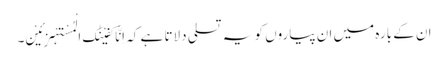
ان کے بارہ میں ان پیاروں کو یہ تسلی دلاتا ہے کہ اِنَّا کَفَیْنٰکَ الْمُسْتَہْزِئِیْنَ۔